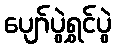
ပျော်ပွဲရွှင်ပွဲ